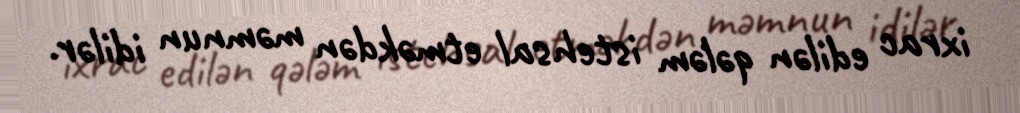
ixrac edilən qələm istehsal etməkdən məmnun idilər.